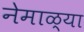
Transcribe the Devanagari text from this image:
नेमाळ्या